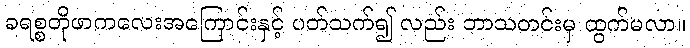
ခရစ္စတိုဖာကလေးအကြောင်းနှင့် ပတ်သက်၍ လည်း ဘာသတင်းမှ ထွက်မလာ။